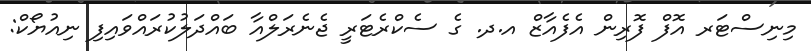
މިނިސްޓަރ އޮފް ފޮރިން އެފެއާޒް އ.ދ. ގެ ސެކްރެޓަރީ ޖެނެރަލްއާ ބައްދަލުކުރައްވައިފި ނިއުޔޯކް: